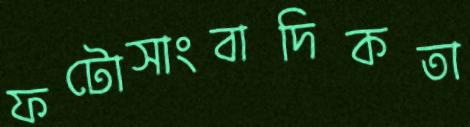
ফটোসাংবাদিকতা